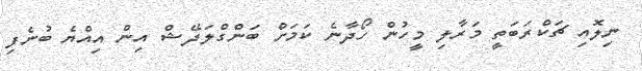
ނިލޮއި ޗަކްރަބަތީ މަރާލި މީހުން ހޯދާނެ ކަަމަށް ބަންގްލަދޭޝް އިން އިއްޔެ ބުނެފި